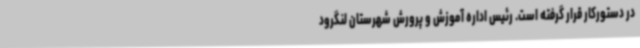
در دستورکار قرار گرفته است. رئیس اداره آموزش و پرورش شهرستان لنگرود